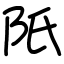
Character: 𨸝